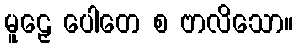
မူဠှေ ပေါတေ စ ဗာလိသော။